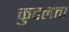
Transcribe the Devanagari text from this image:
कुदलता